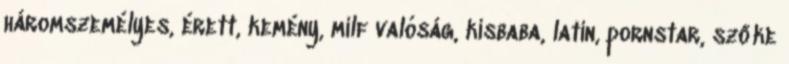
háromszemélyes, érett, kemény, milf valóság, kisbaba, latin, pornstar, szőke